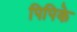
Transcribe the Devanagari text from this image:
पिपिके